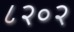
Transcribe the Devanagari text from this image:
८२०२